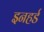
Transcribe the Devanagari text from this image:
इनहर्ड